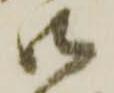
御